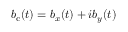
b _ { \mathrm { c } } ( t ) = b _ { x } ( t ) + i b _ { y } ( t )